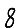
Digit: 8